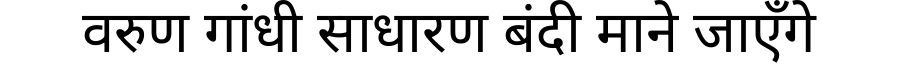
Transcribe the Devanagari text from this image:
वरुण गांधी साधारण बंदी माने जाएँगे